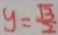
y = \frac { \sqrt { 3 } } { 2 }